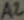
Text: A2